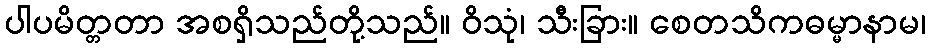
ပါပမိတ္တတာ အစရှိသည်တို့သည်။ ဝိသုံ၊ သီးခြား။ စေတသိကဓမ္မာနာမ၊